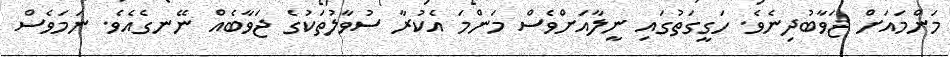
މަންމައަށް ޖަވާބުދިނެވެ. ހަގީގަތުގައި ނީލާއަށްވެސް މަންމަ އެކުރާ ސުވާލުތަކުގެ ޖަވާބެއް ނޭނގެއެވެ. ނަމަވެސް